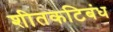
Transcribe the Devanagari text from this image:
शीतकटिबंध